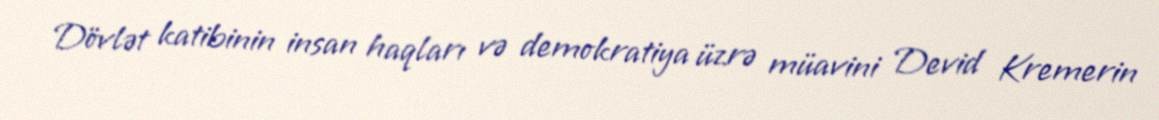
Dövlət katibinin insan haqları və demokratiya üzrə müavini Devid Kremerin